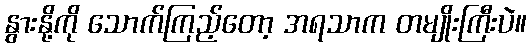
နွားနို့ကို သောက်ကြည့်တော့ အရသာက တမျိုးကြီးပဲ။